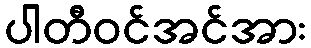
ပါတီဝင်အင်အား